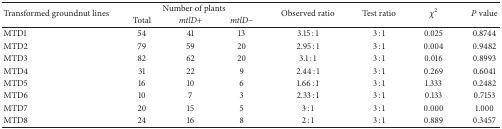
| <ROWSPAN=2> Transformed groundnut lines | <COLSPAN=3> Number of plants | <ROWSPAN=2> Observed ratio | <ROWSPAN=2> Test ratio | <ROWSPAN=2> χ2 | <ROWSPAN=2> P value |
 | Total | mtlD+ | mtlD− |
 | --- | --- | --- | --- | --- | --- | --- | --- |
 | MTD1 | 54 | 41 | 13 | 3.15 : 1 | 3 : 1 | 0.025 | 0.8744 |
 | MTD2 | 79 | 59 | 20 | 2.95 : 1 | 3 : 1 | 0.004 | 0.9482 |
 | MTD3 | 82 | 62 | 20 | 3.1 : 1 | 3 : 1 | 0.016 | 0.8993 |
 | MTD4 | 31 | 22 | 9 | 2.44 : 1 | 3 : 1 | 0.269 | 0.6041 |
 | MTD5 | 16 | 10 | 6 | 1.66 : 1 | 3 : 1 | 1.333 | 0.2482 |
 | MTD6 | 10 | 7 | 3 | 2.33 : 1 | 3 : 1 | 0.133 | 0.7153 |
 | MTD7 | 20 | 15 | 5 | 3 : 1 | 3 : 1 | 0.000 | 1.000 |
 | MTD8 | 24 | 16 | 8 | 2 : 1 | 3 : 1 | 0.889 | 0.3457 |